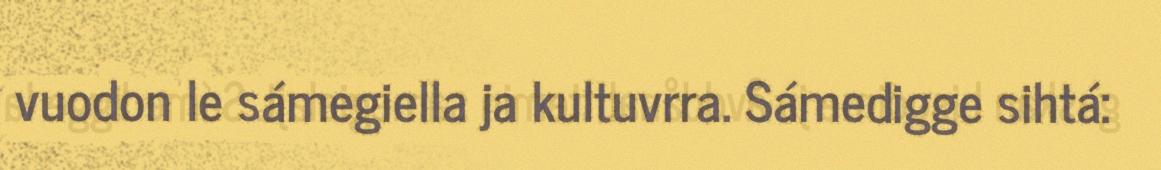
vuodon le sámegiella ja kultuvrra. Sámedigge sihtá: